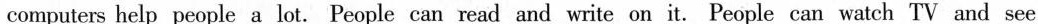
computers help people a lot. People can read and write on it. People can watch TV and see